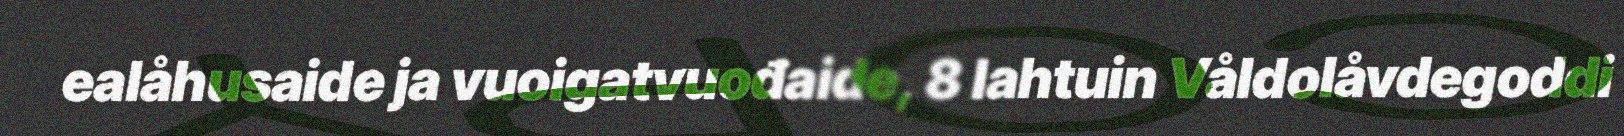
ealåhusaide ja vuoigatvuođaide, 8 lahtuin Våldolåvdegoddi